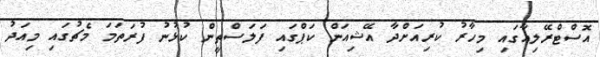
އޮސްޓްރޭލިއާގައި މިހާރު ކުރިއަށްދާ އޭޝިއަން ކަޕްގައި ފަލަސްތީން ކުޅުނު ފުރަތަމަ މެޗުގައި މިއަދު